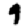
Digit: 9